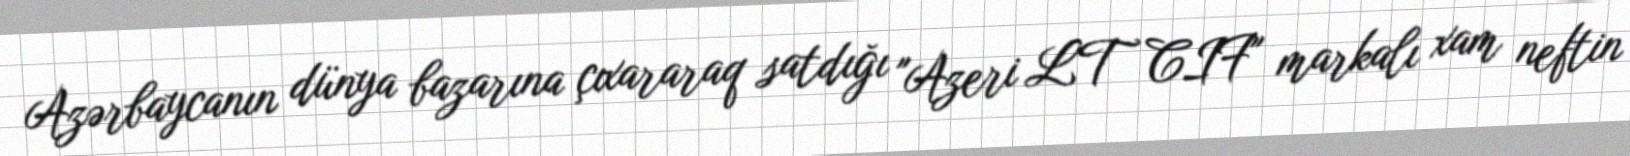
Azərbaycanın dünya bazarına çıxararaq satdığı "Azeri LT CIF" markalı xam neftin